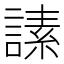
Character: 䛾